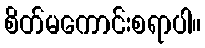
စိတ်မကောင်းစရာပါ။